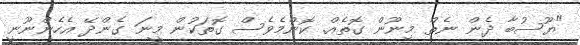
"ޔޫސުބާ ދެން ނެތް މިނޫން ގޮތެއް. ކޮންމެވެސް ގޮތަކުން މީނަ ގެންދޭ އެހެންނޫނީ